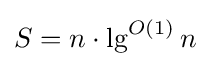
S=n\cdot \lg ^{O(1)}n